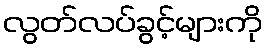
လွတ်လပ်ခွင့်များကို